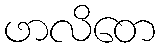
ဖာလိတေ